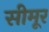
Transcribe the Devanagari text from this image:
सीमूर